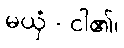
မယှံ - ငါ၏၊